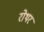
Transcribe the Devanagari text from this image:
रोथर